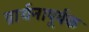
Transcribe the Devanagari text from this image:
प्रार्थनापूर्वक